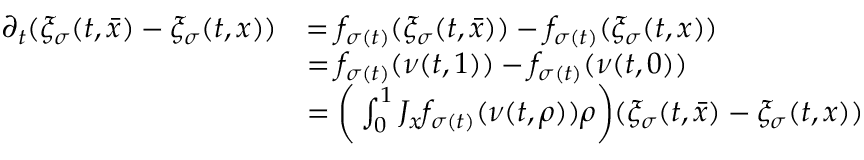
\begin{array} { r l } { \partial _ { t } ( \xi _ { \sigma } ( t , \bar { x } ) - \xi _ { \sigma } ( t , x ) ) } & { = f _ { \sigma ( t ) } ( \xi _ { \sigma } ( t , \bar { x } ) ) - f _ { \sigma ( t ) } ( \xi _ { \sigma } ( t , x ) ) } \\ & { = f _ { \sigma ( t ) } ( \nu ( t , 1 ) ) - f _ { \sigma ( t ) } ( \nu ( t , 0 ) ) } \\ & { = \bigg ( \int _ { 0 } ^ { 1 } J _ { x } f _ { \sigma ( t ) } ( \nu ( t , \rho ) ) \d \rho \bigg ) ( \xi _ { \sigma } ( t , \bar { x } ) - \xi _ { \sigma } ( t , x ) ) } \end{array}